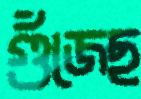
গুঁজেছ